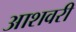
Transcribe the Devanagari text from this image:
आशवरी